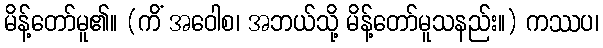
မိန့်တော်မူ၏။ (ကိံ အဝေါစ၊ အဘယ်သို့ မိန့်တော်မူသနည်း။) ကဿပ၊